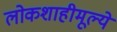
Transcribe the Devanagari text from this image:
लोकशाहीमूल्ये